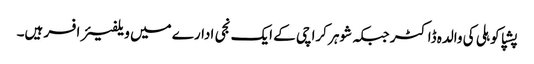
پشپا کوہلی کی والدہ ڈاکٹر جبکہ شوہر کراچی کے ایک نجی ادارے میں ویلفیئر افسر ہیں۔